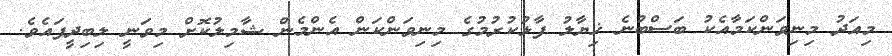
މިއަދު މިނިވަންކަމާއެކު ބަސްބުނެ ޚިޔާލު ފާޅުކުރުމުގެ މިނިވަންކަން އެންމެން ޝާމިލުކޮށް މިވަނީ ލިބިދީފައެވެ.